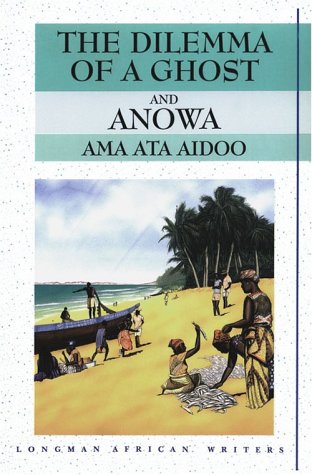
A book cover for Dilemma of a Ghost and Anowa; Ama Ata Aidoo; Literature & Fiction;